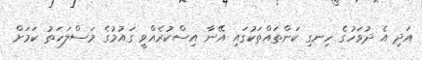
އަދި އެ ދުވަހުގެ ހިނގި ކަންތައްތަކުގައި އޭނާ އިސްކުރެއްވީ ގައުމުގެ މަސްލަހަތު ކަމަށް